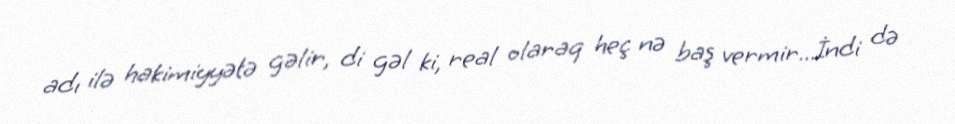
adı ilə hakimiyyətə gəlir, di gəl ki, real olaraq heç nə baş vermir...İndi də